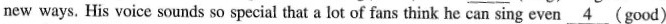
new ways. His voice sounds so special that a lot of fans think he can sing even \underline{4}(good) t